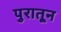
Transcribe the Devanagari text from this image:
पुरातून